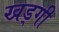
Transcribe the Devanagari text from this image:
खड्गी